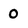
Character: 0